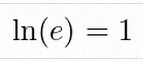
\ln(e)=1